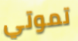
تموتي